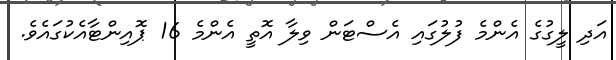
އަދި ލީގުގެ އެންމެ ފުލުގައި އެސްޓަން ވިލާ އޮތީ އެންމެ 16 ޕޮއިންޓާއެކުގައެވެ.